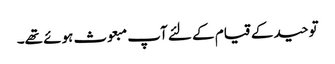
توحید کے قیام کے لئے آپ مبعوث ہوئے تھے۔